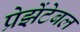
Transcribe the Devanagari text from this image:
प्रेझेंटेबल